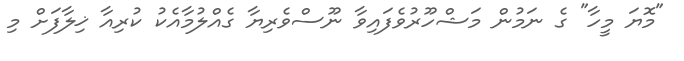
"މޮޔަ މީހާ" ގެ ނަމުން މަޝްހޫރުވެފައިވާ ނޫސްވެރިޔާ ގެއްލުމާއެކު ކުރިއާ ޚިލާފަށް މި